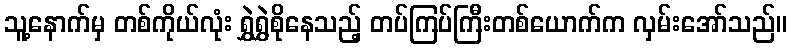
သူ့နောက်မှ တစ်ကိုယ်လုံး ရွှဲရွှဲစိုနေသည့် တပ်ကြပ်ကြီးတစ်ယောက်က လှမ်းအော်သည်။